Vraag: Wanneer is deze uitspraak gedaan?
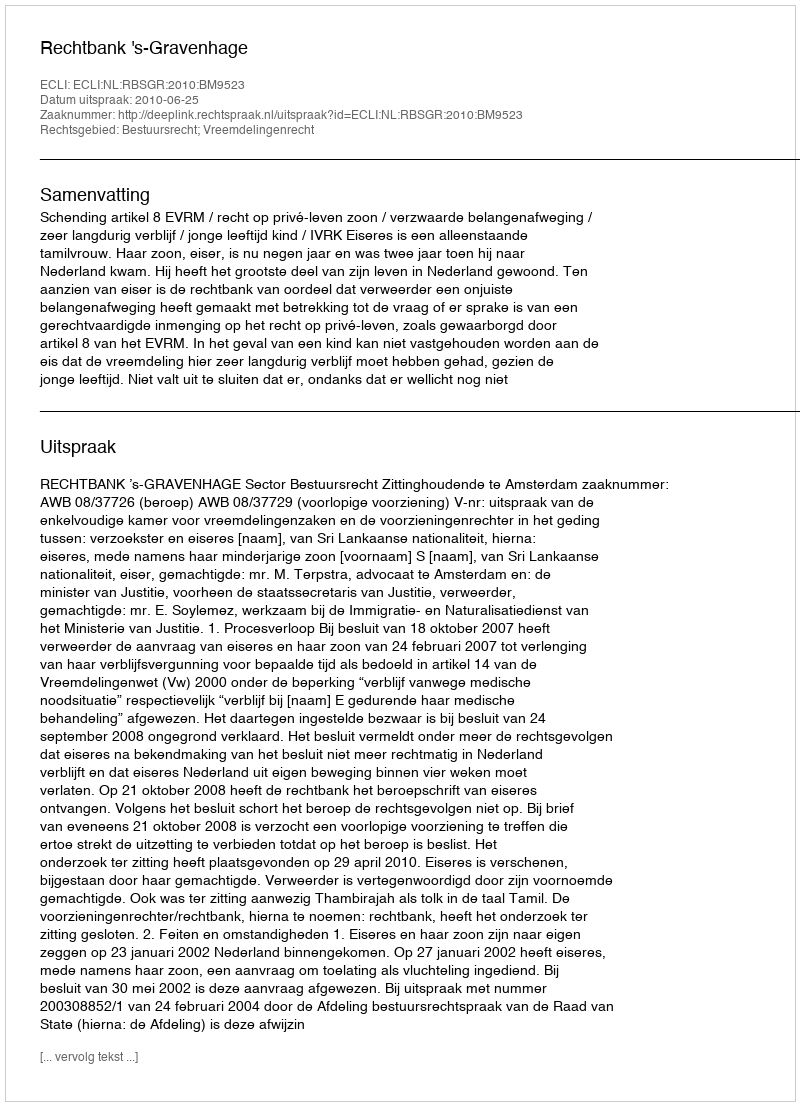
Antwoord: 2010-06-25